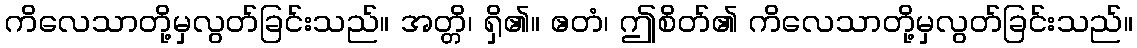
ကိလေသာတို့မှလွတ်ခြင်းသည်။ အတ္တိ၊ ရှိ၏။ ဧတံ၊ ဤစိတ်၏ ကိလေသာတို့မှလွတ်ခြင်းသည်။